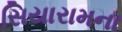
સિયારામના